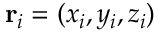
\mathbf { r } _ { i } = ( x _ { i } , y _ { i } , z _ { i } )